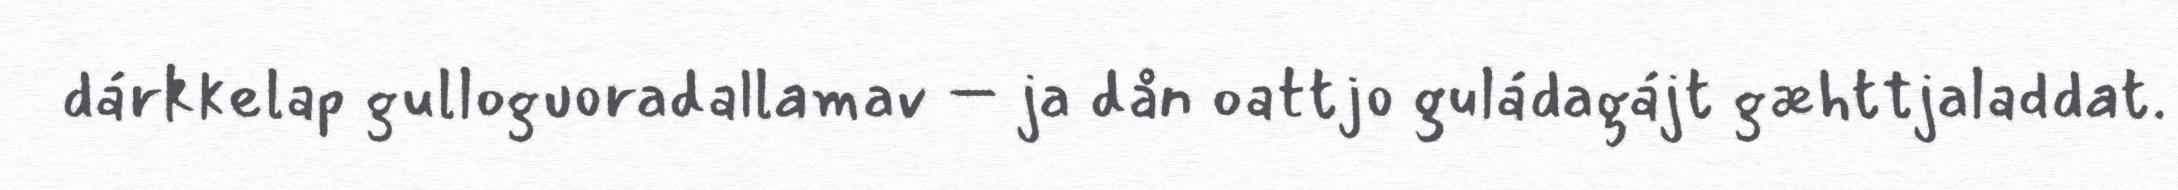
dárkkelap gulloguoradallamav – ja dån oattjo guládagájt gæhttjaladdat.